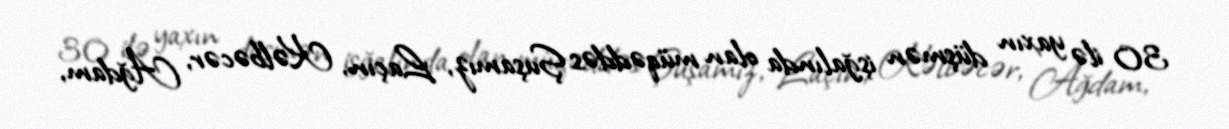
30 ilə yaxın düşmən işğalında olan müqəddəs Şuşamız, Laçın, Kəlbəcər, Ağdam,